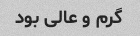
گرم و عالی بود